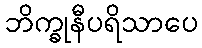
ဘိက္ခုနီပရိသာပေ